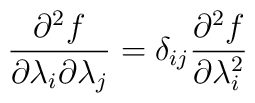
\frac{\partial^{2}f}{\partial\lambda_{i}\partial\lambda_{j}}= \delta_{ij}\frac{\partial^{2}f}{\partial\lambda_{i}^{2}}